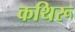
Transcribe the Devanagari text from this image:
कथिरू